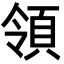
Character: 領